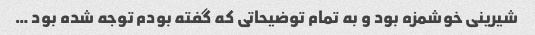
شیرینی خوشمزه بود و به تمام توضیحاتی که گفته بودم توجه شده بود …